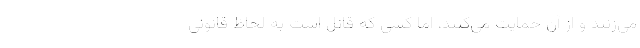
می‌زنند و از آن حمایت می‌کنند، اما کسی که قاتل است به لحاظ قانونی